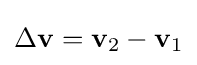
\Delta \mathbf {v} =\mathbf {v} _{2}-\mathbf {v} _{1}